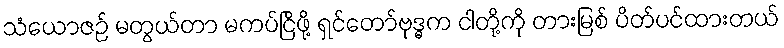
သံယောဇဉ် မတွယ်တာ မကပ်ငြိဖို့ ရှင်တော်ဗုဒ္ဓက ငါတို့ကို တားမြစ် ပိတ်ပင်ထားတယ်